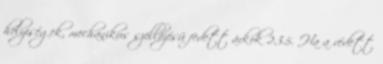
helyiségek, mechanikus szellõzésû fedett árkok 2.3.5. Ha a védett